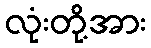
လုံးတို့အား